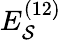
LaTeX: E_{\mathcal{S}}^{(12)}